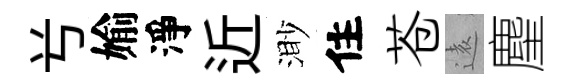
𠔃媮淨近渺住苍逺麈